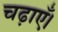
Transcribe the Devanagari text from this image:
चढ़ाएँ।